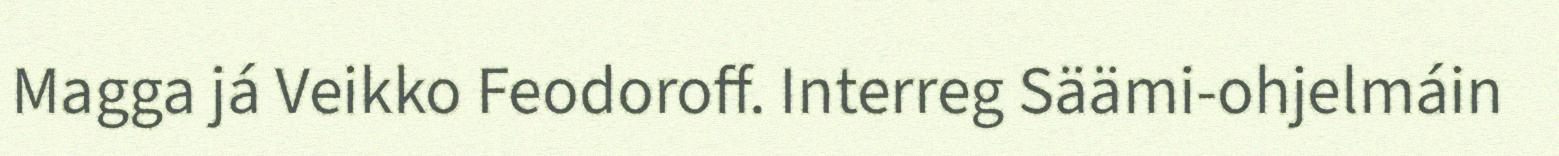
Magga já Veikko Feodoroff. Interreg Säämi-ohjelmáin